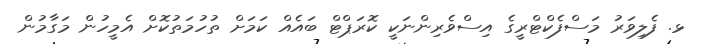
ޅ. ފެލިވަރު މަސްފެކްޓްރީގެ އިސްވެރިންނަކީ ކޮރަޕްޓް ބައެއް ކަމަށް ތުހުމަތުކޮށް އެމީހުން މަގާމުން